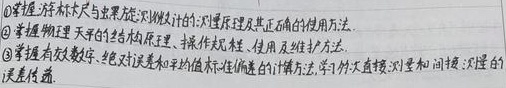
\textcircled{1}掌握选择标尺与用游标卡尺测微小尺寸的测量原理及其正确值的使用方法。
\textcircled{2}掌握物理天平的结构和原理、操作方法、使用及维护方法。
\textcircled{3}掌握有效数字、绝对误差和平均值标准偏差的计算方法，学习用天平衡测量和间接测量的误差传递。